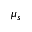
\mu _ { s }